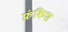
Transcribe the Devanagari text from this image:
फ्रंकिश